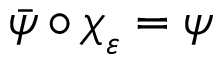
\bar { \psi } \circ \boldsymbol { \chi } _ { \varepsilon } = \psi